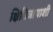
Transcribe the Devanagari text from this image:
क्षितिजापाशी